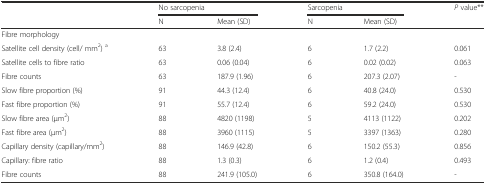
|  | <COLSPAN=2> No sarcopenia | <COLSPAN=2> Sarcopenia | <ROWSPAN=2> P value** |
 |  | N | Mean (SD) | N | Mean (SD) |
 | --- | --- | --- | --- | --- | --- |
 | Fibre morphology |  |  |  |  |  |
 | Satellite cell density (cell/ mm2) a | 63 | 3.8 (2.4) | 6 | 1.7 (2.2) | 0.061 |
 | Satellite cells to fibre ratio | 63 | 0.06 (0.04) | 6 | 0.02 (0.02) | 0.063 |
 | Fibre counts | 63 | 187.9 (1.96) | 6 | 207.3 (2.07) | - |
 | Slow fibre proportion (%) | 91 | 44.3 (12.4) | 6 | 40.8 (24.0) | 0.530 |
 | Fast fibre proportion (%) | 91 | 55.7 (12.4) | 6 | 59.2 (24.0) | 0.530 |
 | Slow fibre area (μm2) | 88 | 4820 (1198) | 5 | 4113 (1122) | 0.202 |
 | Fast fibre area (μm2) | 88 | 3960 (1115) | 5 | 3397 (1363) | 0.280 |
 | Capillary density (capillary/mm2) | 88 | 146.9 (42.8) | 6 | 150.2 (55.3) | 0.856 |
 | Capillary: fibre ratio | 88 | 1.3 (0.3) | 6 | 1.2 (0.4) | 0.493 |
 | Fibre counts | 88 | 241.9 (105.0) | 6 | 350.8 (164.0) | - |